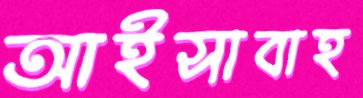
আইসাবাহ